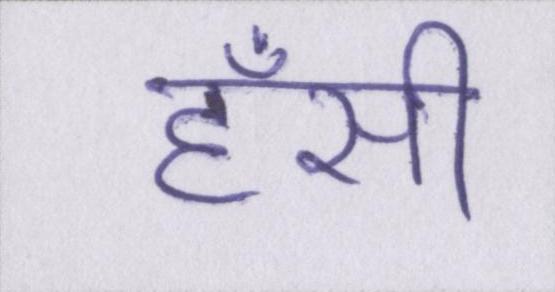
हँसी